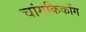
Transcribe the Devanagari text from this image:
चांगकिकोंग